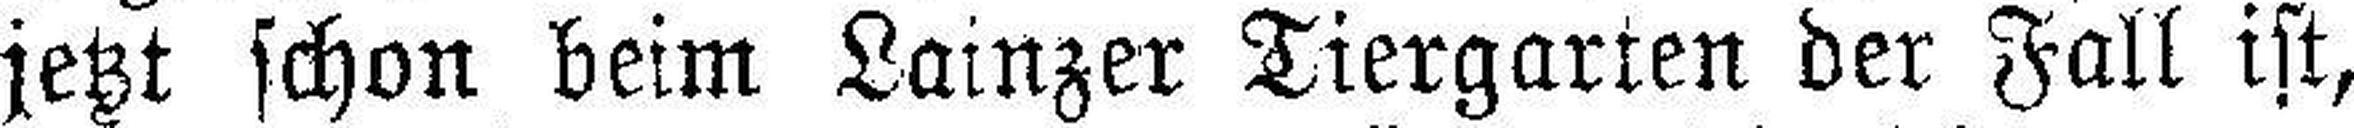
jetzt schon beim Lainzer Tiergarten der Fall ist,